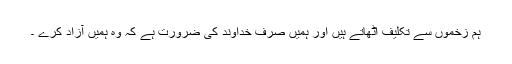
ہم زخموں سے تکلیف اٹھاتے ہیں اور ہمیں صرف خداوند کی ضرورت ہے کہ وہ ہمیں آزاد کرے ۔